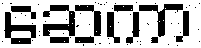
ဆေကာ